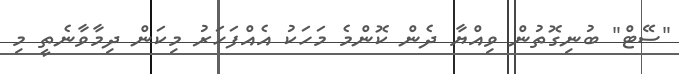
"ސޭޓް" ބުނިގޮތުން ވިއްޔާ ދެން ކޮންމެ މަހަކު އެއްފަހަރު މިކަން ދިމާވާނެތީ މި